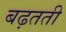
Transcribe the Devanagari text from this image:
बढ़तती